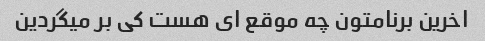
اخرین برنامتون چه موقع ای هست کی بر میگردین